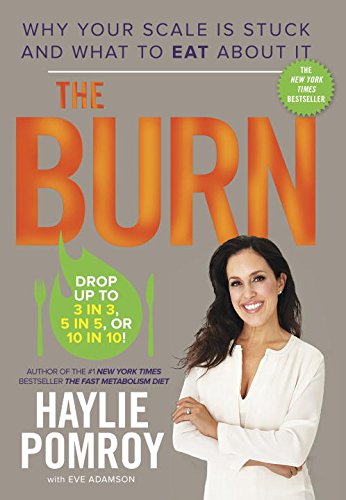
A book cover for The Burn: Why Your Scale Is Stuck and What to Eat About It; Haylie Pomroy; Health, Fitness & Dieting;